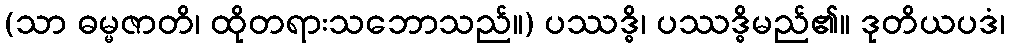
(သာ ဓမ္မဇာတိ၊ ထိုတရားသဘောသည်။) ပဿဒ္ဓိ၊ ပဿဒ္ဓိမည်၏။ ဒုတိယပဒံ၊